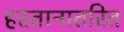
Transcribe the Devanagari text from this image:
हस्तानातरित